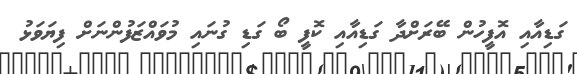
ގަޑިއާއި އޮފީހުން ބޭރަށްދާ ގަޑިއާއި ކޮފީ ބޯ ގަޑި ގުނައި މުވައްޒަފުންނަށް ފިޔަވަޅު